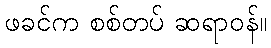
ဖခင်က စစ်တပ် ဆရာဝန်။